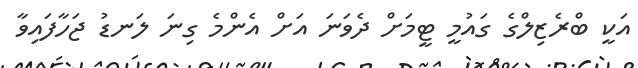
އަކީ ބްރެޒިލްގެ ގައުމީ ޓީމަށް ދެވަނަ އަށް އެންމެ ގިނަ ލަނޑު ޖަހާފައިވާ